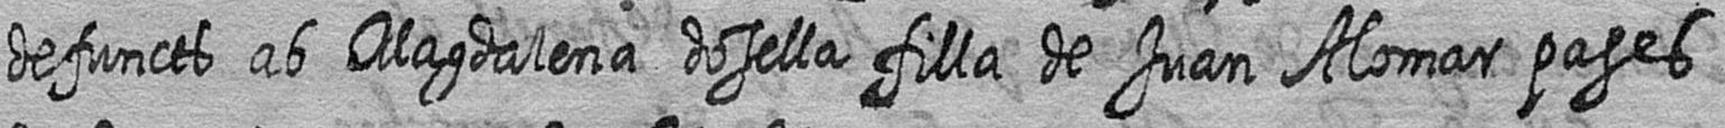
defuncts ab Magdalena dosella filla de Juan Alomar pages